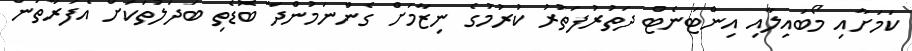
ކަމަށާއި މޯބައިލާއި އިންޓަނެޓް ދަތުރުފަތުރު ކުރުމުގެ ނިޒާމަށް ގެންނަމުންދާ ބޮޑެތި ބަދަލުތަކަށް އެފަރާތުން